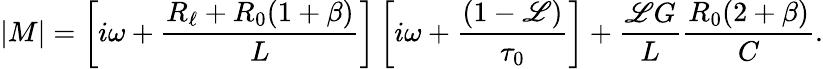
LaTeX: \left|\begin{array}{l}{M}\end{array}\right|=\left[i\omega+\frac{R_{\ell}+R_{0}(1+\beta)}{L}\right]\left[i\omega+\frac{(1-\mathscr{L})}{\tau_{0}}\right]+\frac{\mathscr{L}G}{L}\frac{R_{0}(2+\beta)}{C}.